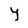
Character: Y